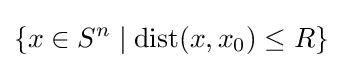
\left\{x\in S^{n}\mid \operatorname {dist} (x,x_{0})\leq R\right\}